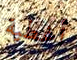
أغطية